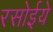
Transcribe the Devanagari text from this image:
रसोईये